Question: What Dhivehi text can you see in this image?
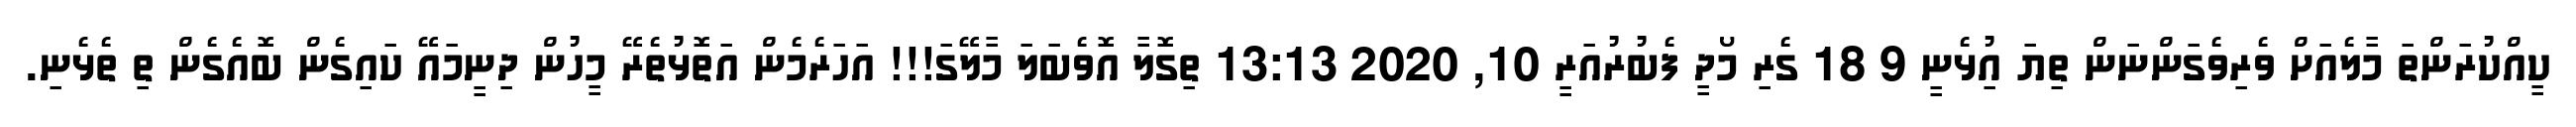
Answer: ކީއްކުރަންތަ މާލެއަށް ވެރިވެގަންނަން ތިޔަ އިުޅެނީ 9 18 ގެރި މޯދީ ފެބުރުއަރީ 10, 2020 13:13 ތިގޮލާ އޮވެބަލަ މާލޭގަ!!! އަހަރެމެން އަތޮޅުތެރޭ މީހުން ދިނީމައޭ ކައިގެން ބޮއެގެން ތި ތެޅެނި.